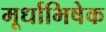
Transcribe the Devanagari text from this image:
मूर्धाभिषेक